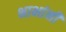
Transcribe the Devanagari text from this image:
भाभांनी